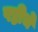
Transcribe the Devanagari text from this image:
षष्ठीचे